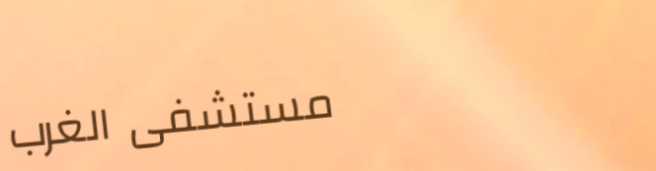
مستشفى الغرب